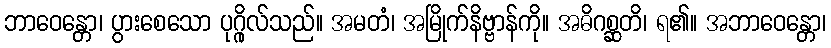
ဘာဝေန္တော၊ ပွားစေသော ပုဂ္ဂိုလ်သည်။ အမတံ၊ အမြိုက်နိဗ္ဗာန်ကို။ အဓိဂစ္ဆတိ၊ ရ၏။ အဘာဝေန္တော၊